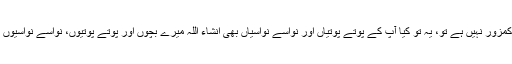
اور اگر میرا حساب اتنا کمزور نہیں ہے تو، یہ تو کیا آپ کے پوتے پوتیاں اور نواسے نواسیاں بھی انشاء اللہ میرے بچوں اور پوتے پوتیوں، نواسے نواسیوں کو بٹھا کر کھلائیں گے۔